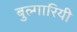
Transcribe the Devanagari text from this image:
बुल्गारियी